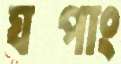
ঘপাং